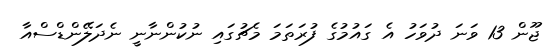
ޖޫން 13 ވަނަ ދުވަހު އެ ގައުމުގެ ފުރަތަމަ މެޗުގައި ނުކުންނާނީ ނެދަލޭންޑްސްއާ